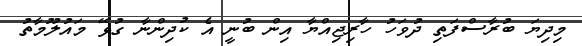
މިދިޔަ ބުރާސްފަތި ދުވަހު ހާރިޖިއްޔާ އިން ބުނީ އެ ކުދިންނާ ގުޅޭ މައުލޫމާތު